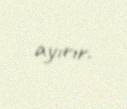
ayırır.